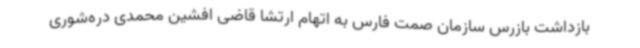
بازداشت بازرس سازمان صمت فارس به اتهام ارتشا قاضی افشین محمدی دره‌شوری